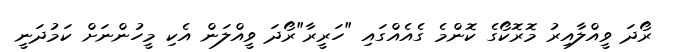
ރޯދަ ވީއްލާއިރު މޮރޮކޯގެ ކޮންމެ ގެއެއްގައި "ހަރީރާ"ރޯދަ ވީއްލަން އެކި މީހުންނަށް ކަމުދަނީ